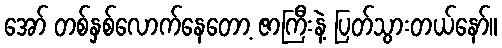
အော် တစ်နှစ်လောက်နေတော့ ဇာကြီးနဲ့ ပြတ်သွားတယ်နော်။